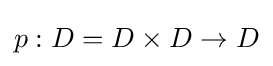
p:D=D\times D\to D